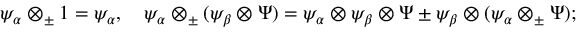
\psi _ { \alpha } \otimes _ { \pm } 1 = \psi _ { \alpha } , \quad \psi _ { \alpha } \otimes _ { \pm } ( \psi _ { \beta } \otimes \Psi ) = \psi _ { \alpha } \otimes \psi _ { \beta } \otimes \Psi \pm \psi _ { \beta } \otimes ( \psi _ { \alpha } \otimes _ { \pm } \Psi ) ;